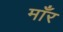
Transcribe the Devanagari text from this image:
माँर